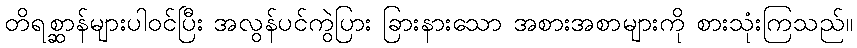
တိရစ္ဆာန်များပါဝင်ပြီး အလွန်ပင်ကွဲပြား ခြားနားသော အစားအစာများကို စားသုံးကြသည်။